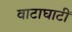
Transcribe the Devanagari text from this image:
वाटाघाटीं